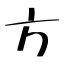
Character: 方